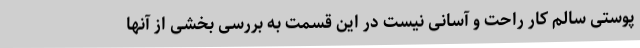
پوستی سالم کار راحت و آسانی نیست در این قسمت به بررسی بخشی از آنها